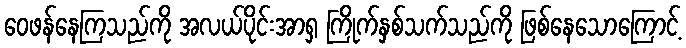
ဝေဖန်နေကြသည်ကို အလယ်ပိုင်းအာရှ ကြိုက်နှစ်သက်သည်ကို ဖြစ်နေသောကြောင့်